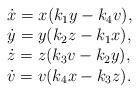
LaTeX: \begin{align*}\begin{array}{l}\dot{x}=x(k_1 y - k_4 v),\\\dot{y}=y(k_2 z -k_1 x),\\\dot{z}=z(k_3 v -k_2 y),\\\dot{v}=v(k_4 x -k_3 z).\end{array}\end{align*}